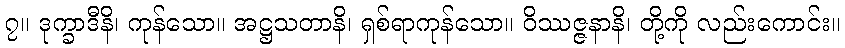
၇။ ဒုက္ခာဒီနိ၊ ကုန်သော။ အဋ္ဌသတာနိ၊ ရှစ်ရာကုန်သော။ ဝိဿဇ္ဇနာနိ၊ တို့ကို လည်းကောင်း။